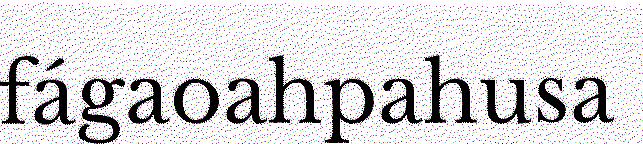
fágaoahpahusa